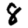
Digit: 8